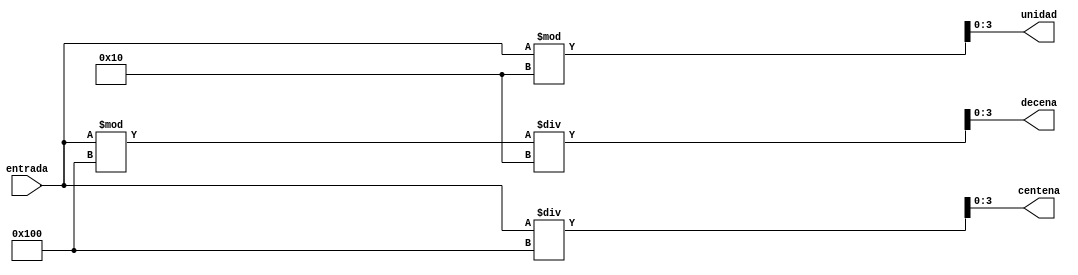
`timescale 1ns / 1ps
//////////////////////////////////////////////////////////////////////////////////
// Company: 
// Engineer: 
// 
// Design Name: 
// Module Name:    4bit_to_3hexa_digits 
// Project Name: 
// Target Devices: 
// Tool versions: 
// Description: 
//
// Dependencies: 
//
// Revision: 
// Revision 0.01 - File Created
// Additional Comments: 
//
//////////////////////////////////////////////////////////////////////////////////
module byte_to_3hexa_digits(
    input [7:0] entrada,
    output reg [3:0] unidad, decena, centena
    );
	
	always @*
	begin
		centena = (entrada / 256);
		decena = ((entrada % 256) / 16);
		unidad = (entrada % 16);
	end

endmodule